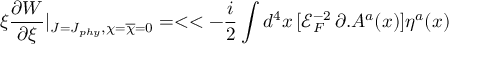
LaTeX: \xi \frac { \partial W } { \partial \xi } | _ { J = J _ { p h y } , \chi = { \overline { { { \chi } } } } = 0 } = < < - \frac { i } { 2 } \int d ^ { 4 } x \, [ { \mathcal { E } } _ { F } ^ { - 2 } \, \partial . A ^ { a } ( x ) ] \eta ^ { a } ( x )